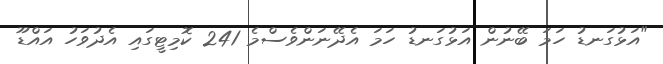
"އަޅުގަނޑު ހަމަ ބޭނުން އަޅުގަނޑު ހަމަ އެދޭނަންވެސްމެ 241 ކޮމިޓީގައި އެދުވަހު އައްޑޫ